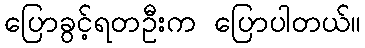
ပြောခွင့်ရတဦးက ပြောပါတယ်။